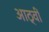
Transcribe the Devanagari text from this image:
आठ्वीं